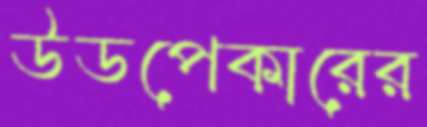
উডপেকারের